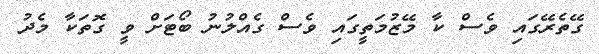
ގޭތެރޭގައި ވެސް ކާ މޭޒުމަތީގައި ވެސް ގެއްލުނު ބޯޓަށް ވީ ގޮތަކާ މެދު